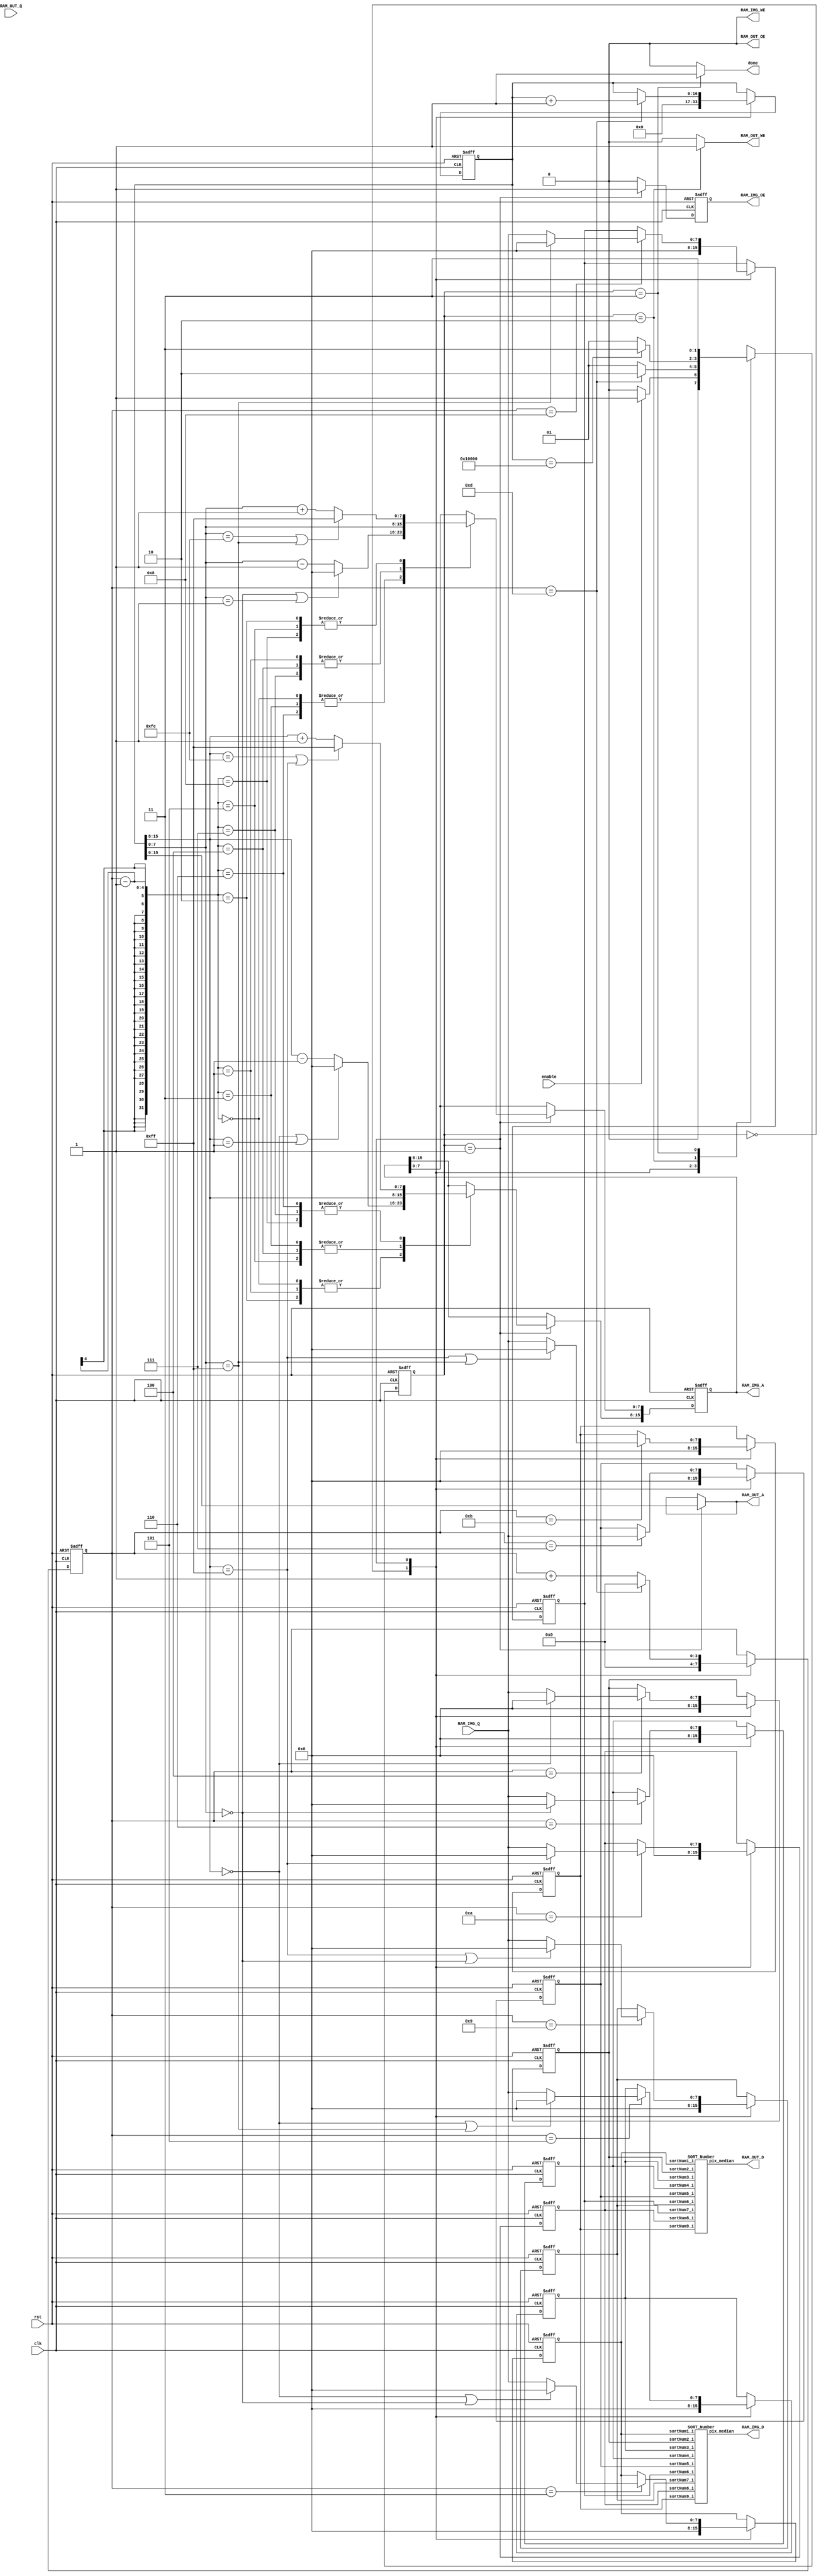
module median_fliter(
  // input port
  input                  clk,
  input                  rst,
  input               enable,
  input  [7:0]     RAM_IMG_Q,
  input  [7:0]     RAM_OUT_Q,
  // output port
  output reg           RAM_IMG_OE,
  output wire          RAM_IMG_WE,
  output reg  [15:0]   RAM_IMG_A,
  output wire [7:0]    RAM_IMG_D,

  output wire          RAM_OUT_OE,
  output wire          RAM_OUT_WE,
  output wire [15:0]   RAM_OUT_A,
  output wire [7:0]    RAM_OUT_D,
  output wire          done
);
parameter INIT = 0,
          DATA = 1,
          SORT = 2,
          DONE = 3;
reg [1:0] currState, nextState;
integer i;
reg [3:0] cnt;
reg [16:0] center;

wire [7:0] cx_add1, cx_minus1;
wire [7:0] cy_add1, cy_minus1;
assign cy_add1   = center[15:8] + 8'd1;
assign cy_minus1 = center[15:8] - 8'd1;
assign cx_add1   = center[ 7:0] + 8'd1;
assign cx_minus1 = center[ 7:0] - 8'd1;

reg [7:0] pix_data [0:8];
always @(posedge clk or posedge rst) begin
  if (rst) center <= {8'd0 , 8'd0};
  else begin
      case (currState)
      INIT: center <= 16'd0;
      DATA: center <= (cnt == 13) ? center + 16'd1 : center;
      endcase
  end
end

always @(posedge clk or posedge rst) begin
  if (rst) cnt <= 4'd0;
  else begin
      case (currState)
      INIT: cnt <= 16'd0;
      DATA: cnt <= (cnt == 13) ? 4'd0 : cnt + 4'd1;
      endcase
  end
end

always @(posedge clk or posedge rst) begin
  if (rst) for (i=0 ;i<9 ;i=i+1 ) pix_data[i] = 8'd0; 
  else begin
      case (currState)
      INIT: for (i=0 ;i<9 ;i=i+1 ) pix_data[i] = 8'd0; 
      DATA: begin
        case (cnt)
          3: pix_data[0] <= (center[15:8] == 8'd0 | center[7:0] == 8'd0) ? 16'd0 : RAM_IMG_Q;
          4: pix_data[1] <= (center[15:8] == 8'd0) ? 16'd0  : RAM_IMG_Q;
          5: pix_data[2] <= (center[15:8] == 8'd0 | center[7:0] == 8'd255) ? 16'd0  : RAM_IMG_Q;
          6: pix_data[3] <= (center[7:0] == 8'd0) ? 16'd0  : RAM_IMG_Q;
          7: pix_data[4] <= RAM_IMG_Q;
          8: pix_data[5] <= (center[7:0] == 8'd255) ? 16'd0 : RAM_IMG_Q;
          9: pix_data[6] <= (center[15:8] == 8'd255 | center[7:0] == 8'd0) ? 16'd0  : RAM_IMG_Q;
          10: pix_data[7] <= (center[15:8] == 8'd255) ? 16'd0  : RAM_IMG_Q;
          11: pix_data[8] <= (center[15:8] == 8'd255 | center[7:0] == 8'd255) ? 16'd0  : RAM_IMG_Q;
      endcase
      end 
      endcase
  end
end

// ----- OUtput Logic
SORT_Number MEDIAN_IMG (pix_data[0], pix_data[1], pix_data[2], pix_data[3], pix_data[4], pix_data[5], pix_data[6], pix_data[7], pix_data[8], RAM_IMG_D);

assign RAM_IMG_WE = 0;

always @(posedge clk or posedge rst) begin
  if (rst) RAM_IMG_A <= 16'd0;
  else begin
      case (currState)
      DATA: begin
          case (cnt-1) // -> for x axis    (column)
              0,3,6: RAM_IMG_A[7:0] <= ((center[7:0] == 8'd0) || (center[7:0] == 8'd1))? 8'd0 : cx_minus1;
              1,4,7: RAM_IMG_A[7:0] <= center[7:0];  
              2,5,8: RAM_IMG_A[7:0] <= ((center[7:0] == 8'd254) || (center[7:0] == 8'd255))? 8'd255 : cx_add1;
          endcase
          case (cnt-1) // -> for y axis    (row)
              0,1,2: RAM_IMG_A[15:8] <= ((center[15:8] == 8'd0) || (center[15:8] == 8'd1))? 8'd0 : cy_minus1;
              3,4,5: RAM_IMG_A[15:8] <= center[15:8];  
              6,7,8: RAM_IMG_A[15:8] <= ((center[15:8] == 8'd254) || (center[15:8] == 8'd255))? 8'd255 : cy_add1;
          endcase
      end
  endcase
  end
end

always @(posedge clk or posedge rst) begin
  if (rst) RAM_IMG_OE <= 1'd0;
  else begin
      case (currState)
      DATA: RAM_IMG_OE <= 1'd1;
      default: RAM_IMG_OE <= 1'd0;
  endcase
  end
end

assign RAM_OUT_OE = 0;

assign RAM_OUT_WE = (currState == SORT) ? 1'b1 : 1'b0;

assign RAM_OUT_A = (currState == DATA) ? center : RAM_OUT_A;

SORT_Number MEDIAN_OUT (pix_data[0], pix_data[1], pix_data[2], pix_data[3], pix_data[4], pix_data[5], pix_data[6], pix_data[7], pix_data[8], RAM_OUT_D);

assign done = (currState == DONE) ? 1'b1 : 1'b0;

// ----- FSM -----
always @(*) begin
  case (currState)
    INIT: nextState = (enable) ? DATA : INIT;
    DATA: nextState = (cnt == 13) ? SORT : DATA;
    SORT: nextState = (center == 65536) ? DONE : DATA;
    DONE: nextState = DONE;
    default: nextState = INIT;
  endcase
end

always @(posedge clk or posedge rst) begin
  if (rst) currState <= INIT;
  else currState <= nextState;
end
endmodule


module Compare_and_Swap(sortNum1_i, sortNum2_i, min, max);
  input  [7:0] sortNum1_i;
  input  [7:0] sortNum2_i;
  output [7:0] min;
  output [7:0] max;
  assign min = (sortNum1_i < sortNum2_i) ? sortNum1_i : sortNum2_i;
  assign max = (sortNum1_i < sortNum2_i) ? sortNum2_i : sortNum1_i;
endmodule

module SORT_Number(sortNum1_i, sortNum2_i, sortNum3_i, sortNum4_i, sortNum5_i, sortNum6_i, sortNum7_i, sortNum8_i, sortNum9_i, pix_median);
  input  [7:0] sortNum1_i, sortNum2_i, sortNum3_i, sortNum4_i, sortNum5_i, sortNum6_i, sortNum7_i, sortNum8_i, sortNum9_i;
  output [7:0] pix_median;
  wire [7:0] w1_min, w1_max, w2_min, w2_max, w3_min, w3_max, w4_min, w4_max, w5_min, w5_max, w6_min, w6_max, w7_min, w7_max, w8_min, w8_max, w9_min, w9_max, w10_min, w10_max;
  wire [7:0] w11_min, w11_max, w12_min, w12_max, w13_min, w13_max, w14_min, w14_max, w15_min, w15_max, w16_min, w16_max, w17_min, w17_max, w18_min, w18_max, w19_min, w19_max, w20_min, w20_max;
  wire [7:0] w21_min, w21_max, w22_min, w22_max, w23_min, w23_max, w24_min, w24_max, w25_min, w25_max, w26_min, w26_max, w27_min, w27_max, w28_min, w28_max, w29_max, w29_min, w30_min, w30_max;
  wire [7:0] w31_min, w31_max, w32_min, w32_max, w33_min;
  Compare_and_Swap swap1(sortNum1_i, sortNum2_i, w1_min, w1_max);
  Compare_and_Swap swap2(sortNum3_i, w1_max, w2_min, w2_max); 
  Compare_and_Swap swap3(w2_min, w1_min, w3_min, w3_max);
  Compare_and_Swap swap4(sortNum4_i, w2_max, w4_min, w4_max);
  Compare_and_Swap swap5(w4_min, w3_max, w5_min, w5_max);
  Compare_and_Swap swap6(w5_min, w3_min, w6_min, w6_max);
  Compare_and_Swap swap7(sortNum5_i, w4_max, w7_min, w7_max);
  Compare_and_Swap swap8(w7_min, w5_max, w8_min, w8_max);
  Compare_and_Swap swap9(w8_min, w6_max, w9_min, w9_max);
  Compare_and_Swap swap10(w9_min, w6_min, w10_min, w10_max);
  Compare_and_Swap swap11(sortNum6_i, w7_max, w11_min, w11_max);
  Compare_and_Swap swap12(w11_min, w8_max, w12_min, w12_max);
  Compare_and_Swap swap13(w12_min, w9_max, w13_min, w13_max);
  Compare_and_Swap swap14(w13_min, w10_max, w14_min, w14_max);
  Compare_and_Swap swap15(w14_min, w10_min, w15_min, w15_max);
  Compare_and_Swap swap16(sortNum7_i, w11_max, w16_min, w16_max);
  Compare_and_Swap swap17(w16_min, w12_max, w17_min, w17_max);
  Compare_and_Swap swap18(w17_min, w13_max, w18_min, w18_max);
  Compare_and_Swap swap19(w18_min, w14_max, w19_min, w19_max);
  Compare_and_Swap swap20(w19_min, w15_max, w20_min, w20_max);
  Compare_and_Swap swap21(w20_min, w15_min, w21_min, w21_max);
  Compare_and_Swap swap22(sortNum8_i, w16_max, w22_min, w22_max);
  Compare_and_Swap swap23(w22_min, w17_max, w23_min, w23_max);
  Compare_and_Swap swap24(w23_min, w18_max, w24_min, w24_max);
  Compare_and_Swap swap25(w24_min, w19_max, w25_min, w25_max);
  Compare_and_Swap swap26(w25_min, w20_max, w26_min, w26_max);
  Compare_and_Swap swap27(w26_min, w21_max, w27_min, w27_max);
  Compare_and_Swap swap28(w27_min, w21_min, w28_min, w28_max);
  Compare_and_Swap swap29(sortNum9_i, w22_max, w29_min, w29_max);
  Compare_and_Swap swap30(w29_min, w23_max, w30_min, w30_max);
  Compare_and_Swap swap31(w30_min, w24_max, w31_min, w31_max);
  Compare_and_Swap swap32(w31_min, w25_max, w32_min, w32_max);
  Compare_and_Swap swap33(w32_min, w26_max, w33_min, pix_median);
  // Compare_and_Swap swap34(w33_min, w27_max, w34_min, sortNum4_o);
  // Compare_and_Swap swap35(w34_min, w28_max, w35_min, sortNum3_o);
  // Compare_and_Swap swap36(w35_min, w28_min, sortNum1_o, sortNum2_o);
endmodule